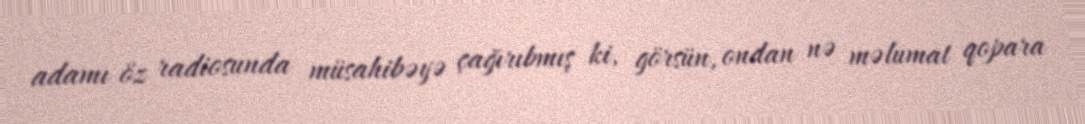
adamı öz radiosunda müsahibəyə çağırıbmış ki, görsün, ondan nə məlumat qopara